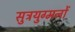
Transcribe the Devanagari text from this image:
सुत्रयुग्मनों